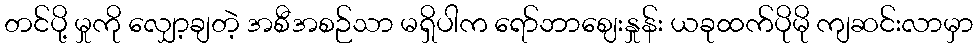
တင်ပို့ မှုကို လျှော့ချတဲ့ အစီအစဉ်သာ မရှိပါက ရော်ဘာဈေးနှုန်း ယခုထက်ပိုမို ကျဆင်းလာမှာ